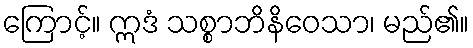
ကြောင့်။ ဣဒံ သစ္စာဘိနိဝေသာ၊ မည်၏။